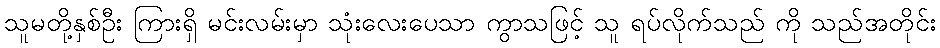
သူမတို့နှစ်ဦး ကြားရှိ မင်းလမ်းမှာ သုံးလေးပေသာ ကွာသဖြင့် သူ ရပ်လိုက်သည် ကို သည်အတိုင်း